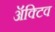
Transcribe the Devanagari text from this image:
ॲक्टिव